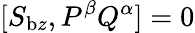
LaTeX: [S_{\mathrm{b}z},P^{\beta}Q^{\alpha}]=0